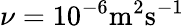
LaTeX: \nu=10^{-6}\textnormal{m}^{2}\textnormal{s}^{-1}